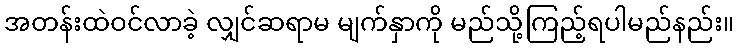
အတန်းထဲဝင်လာခဲ့ လျှင်ဆရာမ မျက်နှာကို မည်သို့ကြည့်ရပါမည်နည်း။